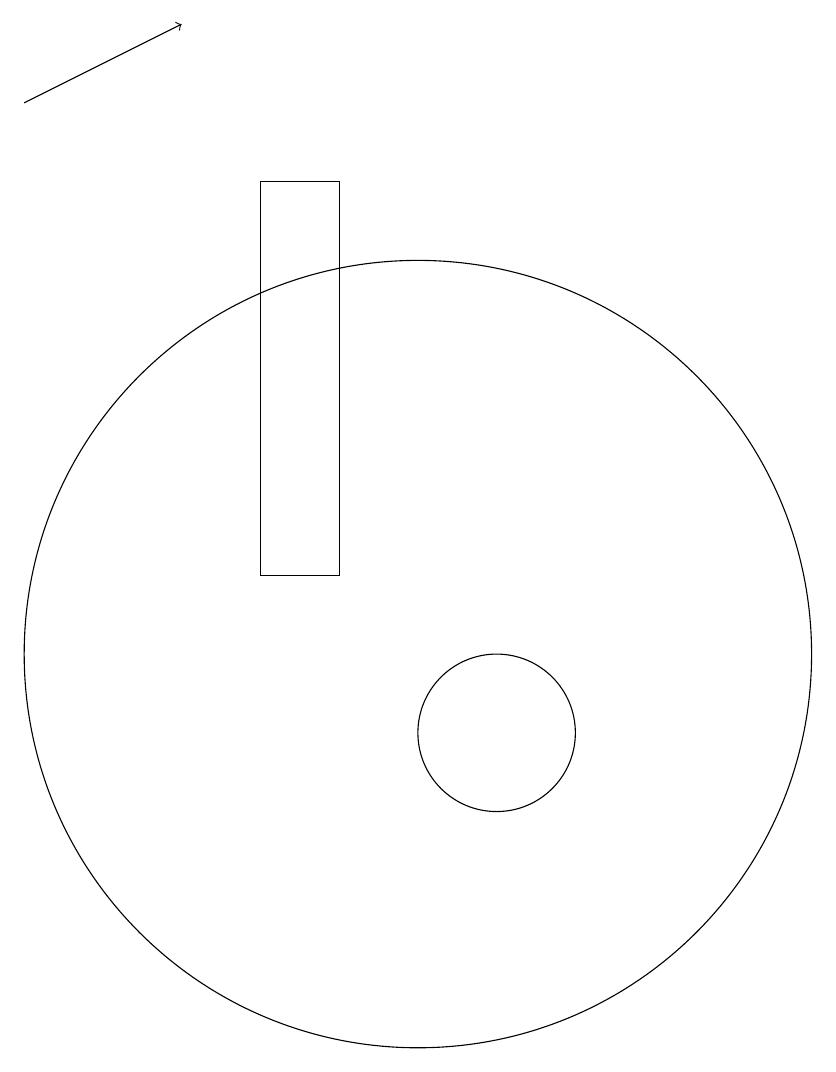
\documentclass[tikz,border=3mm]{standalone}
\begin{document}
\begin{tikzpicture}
\draw (10,11) circle (5);
\draw (11,10) circle (1);
\draw[->] (5,18) -- (7,19);
\draw (9,12) rectangle (8,17);
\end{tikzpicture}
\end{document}